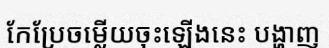
កែប្រែចម្លើយចុះឡើងនេះ បង្ហាញ